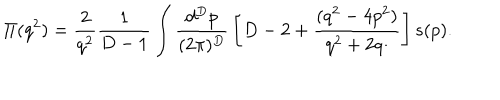
LaTeX: \Pi ( q ^ { 2 } ) = { \frac { 2 } { q ^ { 2 } } } { \frac { 1 } { D - 1 } } \int { \frac { d ^ { D } p } { ( 2 \pi ) ^ { D } } } \left[ D - 2 + { \frac { ( q ^ { 2 } - 4 p ^ { 2 } ) } { q ^ { 2 } + 2 q \cdotp } } \right] s ( p ) .